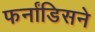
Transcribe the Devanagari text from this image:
फर्नांडिसने